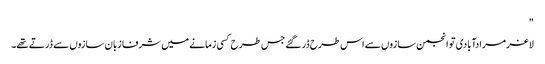
"
لاغر مرادآبادی تو انجمن سازوں سے اس طرح ڈر گئے جس طرح کسی زمانے میں شرفا زبان سازوں سے ڈرتے تھے۔